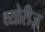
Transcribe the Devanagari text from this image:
थ्योरीज़